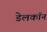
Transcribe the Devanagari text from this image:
डेलकॉन